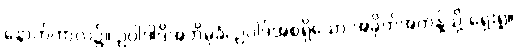
နောက်ကာလ၌။ ဥပ္ပါဒါဒိအဘိမုခံ၊ ဥပါဒ်အစရှိသော အခိုက်အတန့်သို့ ရှေးရှု။